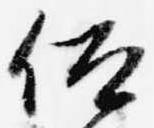
仰